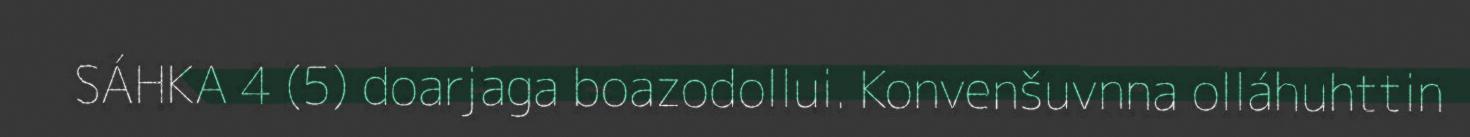
SÁHKA 4 (5) doarjaga boazodollui. Konvenšuvnna olláhuhttin